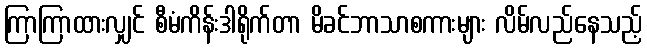
ကြာကြာထားလျှင် စီမံကိန်းဒါရိုက်တာ မိခင်ဘာသာစကားများ လိမ်လည်နေသည့်